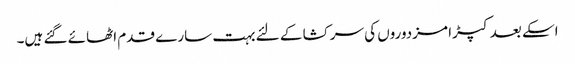
اسکے بعد کپڑا مزدوروں کی سرکشا کے لئے بہت سارے قدم اٹھائے گئے ہیں۔